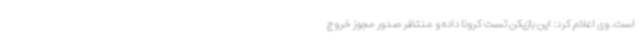
است. وی اعلام کرد: این بازیکن تست کرونا داده و منتظر صدور مجوز خروج